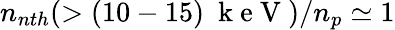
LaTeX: n_{nth}(>(10-15)~\mathrm{~k~e~V~})/n_{p}\simeq 1